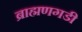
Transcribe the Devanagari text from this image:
ब्राह्मणगडी